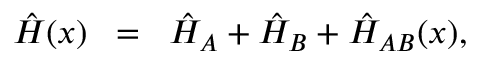
{ \hat { H } } ( x ) \; \; = \; \; \hat { H } _ { A } + \hat { H } _ { B } + \hat { H } _ { A B } ( x ) ,